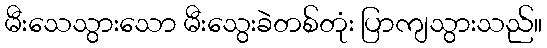
မီးသေသွားသော မီးသွေးခဲတစ်တုံး ပြာကျသွားသည်။